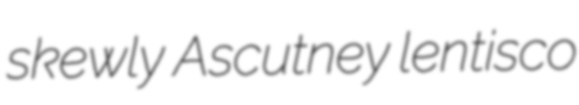
skewly Ascutney lentisco